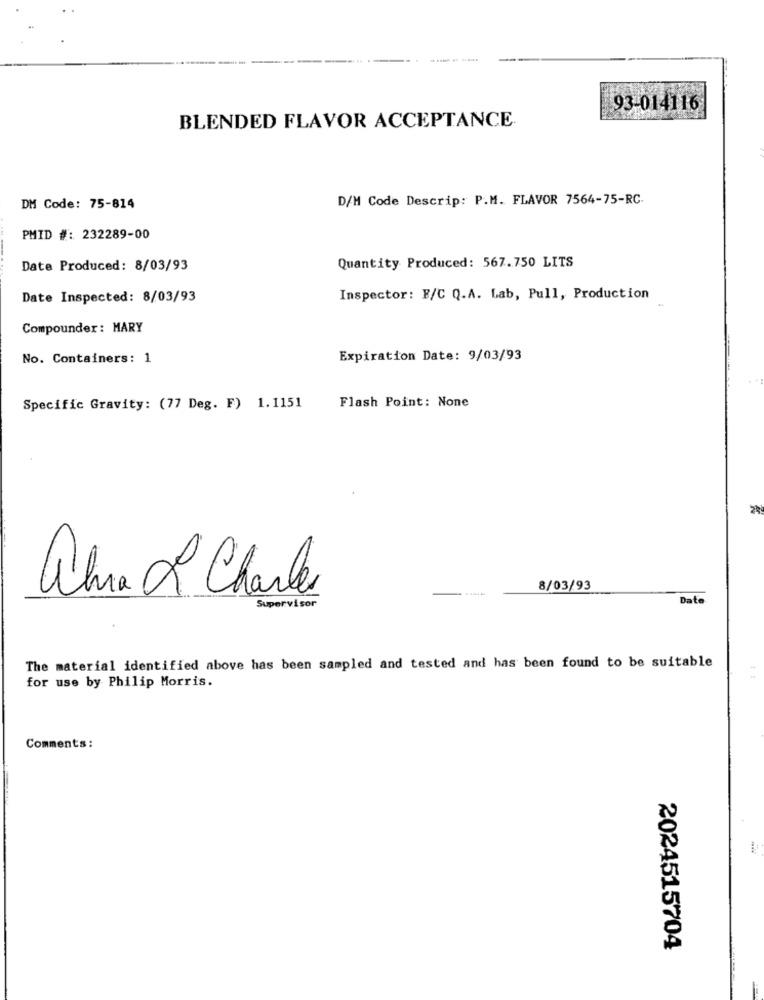
------
93-014116
BLENDED FLAVOR ACCEPTANCE
D/M Code Descrip: P.M. FLAVOR 7564-75-RC.
DM Code: 75-814
PMID #: 232289-00
Date Produced: 8/03/93
Quantity Produced: 567.750 LITS
Date Inspected: 8/03/93
Inspector: F/C Q.A. Lab, Pull, Production
Compounder : MARY
No. Containers: 1
Expiration Date: 9/03/93
Flash Point: None
Specific Gravity: (77 Deg. F) 1.1151
alva 2 Charles
8/03/93
Supervisor
Date
The material identified above has been sampled and tested and has been found to be suitable
for use by Philip Morris.
Comments:
2024515704